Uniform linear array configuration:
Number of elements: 12
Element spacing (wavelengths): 0.5
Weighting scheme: uniform
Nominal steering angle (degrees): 30
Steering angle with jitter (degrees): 31.157
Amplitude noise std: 0.05
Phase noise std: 0.05

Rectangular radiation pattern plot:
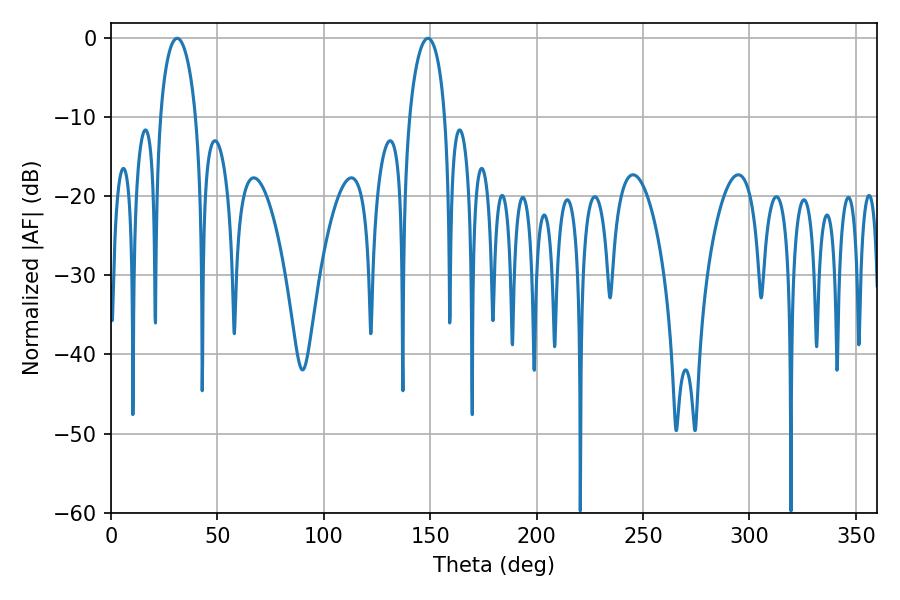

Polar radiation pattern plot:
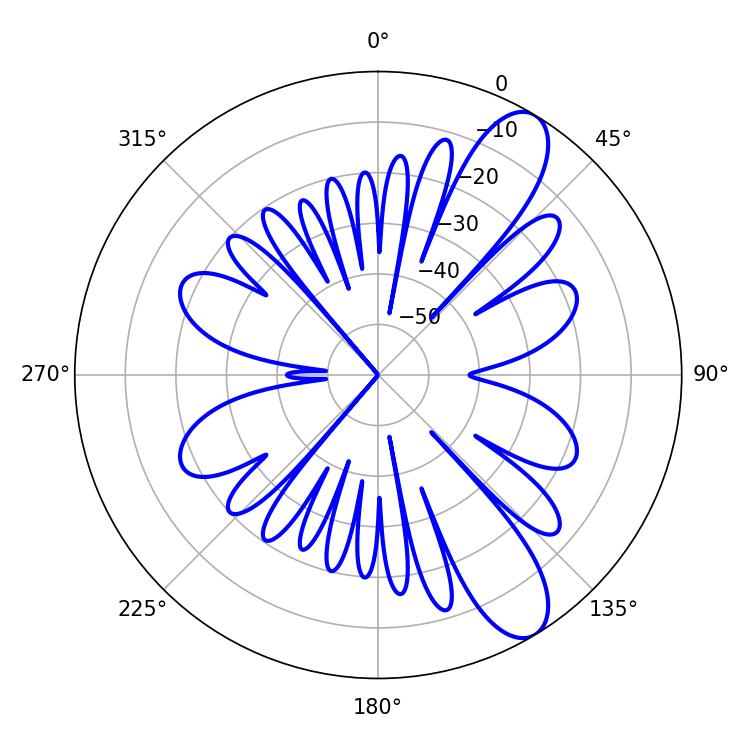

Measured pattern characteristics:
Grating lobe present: FALSE
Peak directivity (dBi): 10.233
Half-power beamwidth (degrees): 9.54
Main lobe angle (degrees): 31.14